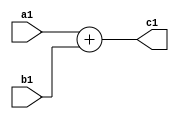
module ad(input [8:0] a1, input [8:0] b1, output reg [9:0] c1
    );



always@(*)

c1= a1+b1;
    
   
endmodule